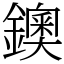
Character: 鐭